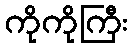
ကိုကိုကြီး